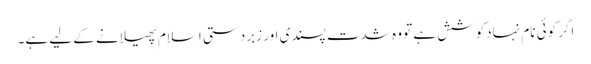
اگر کوئی نام نہادکوشش ہے تو وہ شدت پسندی اور زبردستی اسلام پھیلانے کے لیے ہے۔